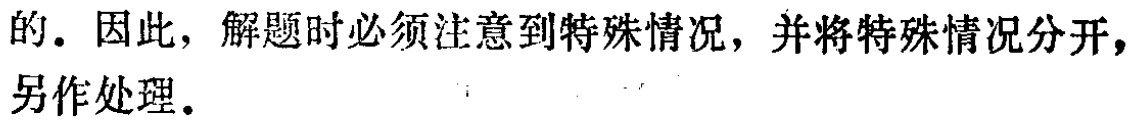
的. 因此，解题时必须注意到特殊情况，并将特殊情况分开，另作处理.